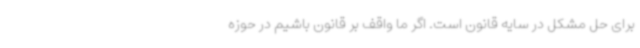
برای حل مشکل در سایه قانون است. اگر ما واقف بر قانون باشیم در حوزه